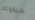
سيقودك